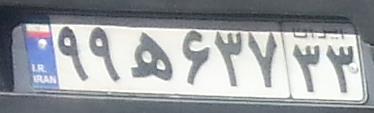
۹۹ه۶۳۷۳۳